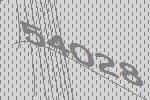
54028